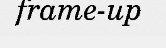
frame-up